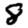
Digit: 8